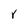
Character: r